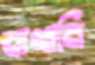
নাথানি